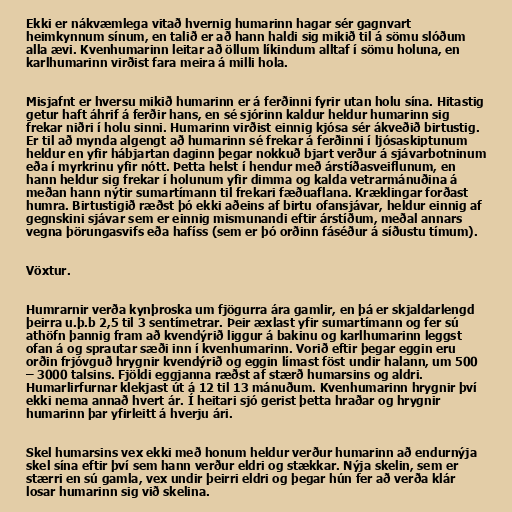
Ekki er nákvæmlega vitað hvernig humarinn hagar sér gagnvart
heimkynnum sínum, en talið er að hann haldi sig mikið til á sömu slóðum
alla ævi. Kvenhumarinn leitar að öllum líkindum alltaf í sömu holuna, en
karlhumarinn virðist fara meira á milli hola.

Misjafnt er hversu mikið humarinn er á ferðinni fyrir utan holu sína. Hitastig
getur haft áhrif á ferðir hans, en sé sjórinn kaldur heldur humarinn sig
frekar niðri í holu sinni. Humarinn virðist einnig kjósa sér ákveðið birtustig.
Er til að mynda algengt að humarinn sé frekar á ferðinni í ljósaskiptunum
heldur en yfir hábjartan daginn þegar nokkuð bjart verður á sjávarbotninum
eða í myrkrinu yfir nótt. Þetta helst í hendur með árstíðasveiflunum, en
hann heldur sig frekar í holunum yfir dimma og kalda vetrarmánuðina á
meðan hann nýtir sumartímann til frekari fæðuaflana. Kræklingar forðast
humra. Birtustigið ræðst þó ekki aðeins af birtu ofansjávar, heldur einnig af
gegnskini sjávar sem er einnig mismunandi eftir árstíðum, meðal annars
vegna þörungasvifs eða hafíss (sem er þó orðinn fáséður á síðustu tímum).

Vöxtur.

Humrarnir verða kynþroska um fjögurra ára gamlir, en þá er skjaldarlengd
þeirra u.þ.b 2,5 til 3 sentímetrar. Þeir æxlast yfir sumartímann og fer sú
athöfn þannig fram að kvendýrið liggur á bakinu og karlhumarinn leggst
ofan á og sprautar sæði inn í kvenhumarinn. Vorið eftir þegar eggin eru
orðin frjóvguð hrygnir kvendýrið og eggin límast föst undir halann, um 500
– 3000 talsins. Fjöldi eggjanna ræðst af stærð humarsins og aldri.
Humarlirfurnar klekjast út á 12 til 13 mánuðum. Kvenhumarinn hrygnir því
ekki nema annað hvert ár. Í heitari sjó gerist þetta hraðar og hrygnir
humarinn þar yfirleitt á hverju ári.

Skel humarsins vex ekki með honum heldur verður humarinn að endurnýja
skel sína eftir því sem hann verður eldri og stækkar. Nýja skelin, sem er
stærri en sú gamla, vex undir þeirri eldri og þegar hún fer að verða klár
losar humarinn sig við skelina.